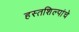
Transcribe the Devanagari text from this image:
हस्तशिल्पांचे